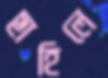
ছাহিলে